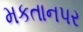
મકતાનપર